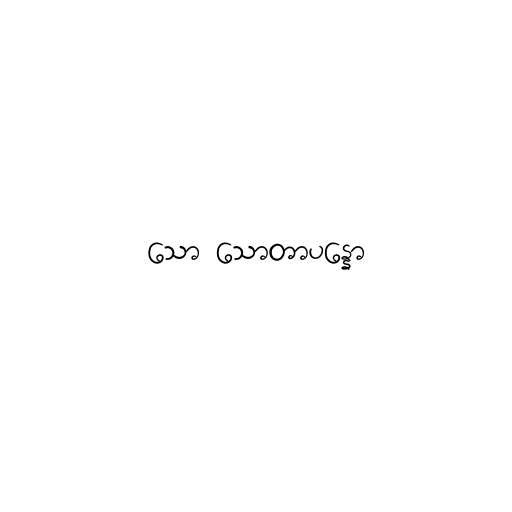
သော သောတာပန္နော